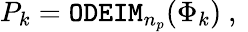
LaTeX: P_{k}={\tt ODEIM}_{n_{p}}(\Phi_{k})\mathrm{~,~}